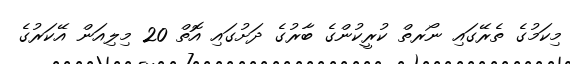
މިކަމުގެ ތެރޭގައި ނޯރތް ކުރީކުންގެ ބާރުގެ ދަށުގައި އޮތް 20 މިލިއަން އޭކަރުގެ